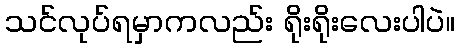
သင်လုပ်ရမှာကလည်း ရိုးရိုးလေးပါပဲ။